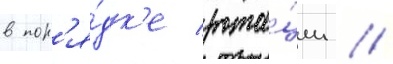
в пор'я́дк'е рота́ции //